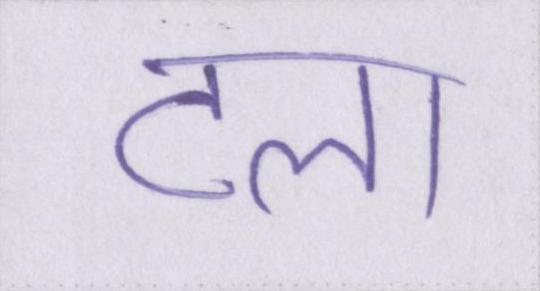
टला